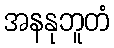
အနနုဘူတံ